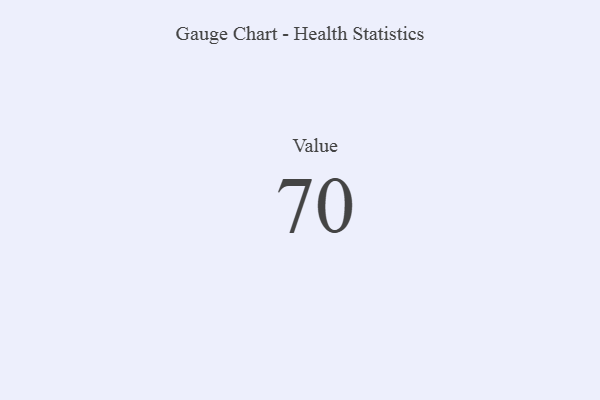
{"axis": {"x": "Metric", "y": "Value"}, "legend": [""], "data": [{"x": "Value", "y": 70, "type": ""}]}